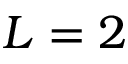
L = 2